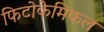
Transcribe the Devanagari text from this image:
फिटोकेमिकल